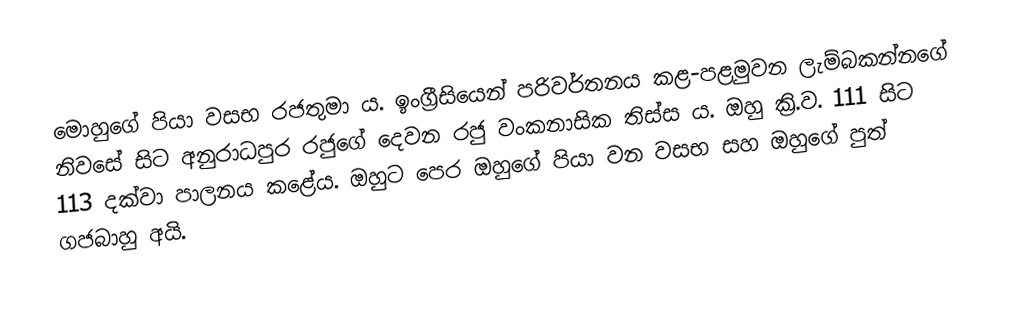
මොහුගේ පියා වසභ රජතුමා ය. ඉංග්‍රීසියෙන් පරිවර්තනය කළ-පළමුවන ලැම්බකන්නගේ නිවසේ සිට අනුරාධපුර රජුගේ දෙවන රජු වංකනාසික තිස්ස ය. ඔහු ක්‍රි.ව. 111 සිට 113 දක්වා පාලනය කළේය. ඔහුට පෙර ඔහුගේ පියා වන වසභ සහ ඔහුගේ පුත් ගජබාහු අයි.